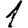
Digit: 1